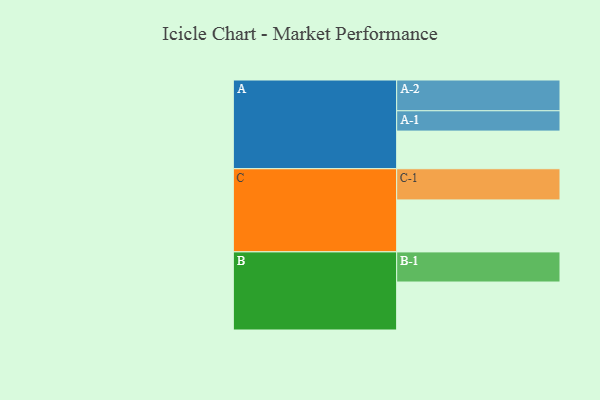
{"axis": {"x": "Segment", "y": "Value"}, "legend": ["", "A", "B", "C"], "data": [{"x": "A", "y": 350, "type": ""}, {"x": "B", "y": 446, "type": ""}, {"x": "C", "y": 483, "type": ""}, {"x": "A-1", "y": 189, "type": "A"}, {"x": "A-2", "y": 286, "type": "A"}, {"x": "B-1", "y": 280, "type": "B"}, {"x": "C-1", "y": 290, "type": "C"}]}